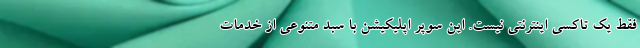
فقط یک تاکسی اینترنتی نیست. این سوپر اپلیکیشن با سبد متنوعی از خدمات